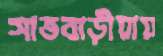
সাতবাড়ীয়ায়